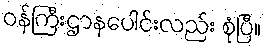
ဝန်ကြီးဌာနပေါင်းလည်း စုံပြီ။